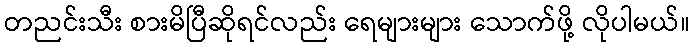
တညင်းသီး စားမိပြီဆိုရင်လည်း ရေများများ သောက်ဖို့ လိုပါမယ်။